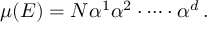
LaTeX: \mu ( E ) = N \alpha ^ { 1 } \alpha ^ { 2 } \cdot \dots \cdot \alpha ^ { d } \, .